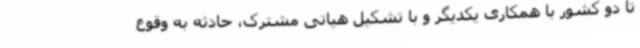
تا دو کشور با همکاری یکدیگر و با تشکیل هیاتی مشترک، حادثه به‌ وقوع